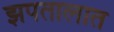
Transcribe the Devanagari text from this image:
झपतालात